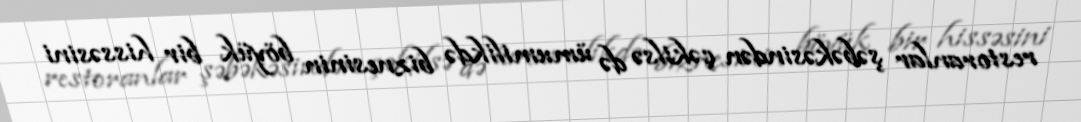
restoranlar şəbəkəsindən çəkilsə də ümumilikdə biznesinin böyük bir hissəsini